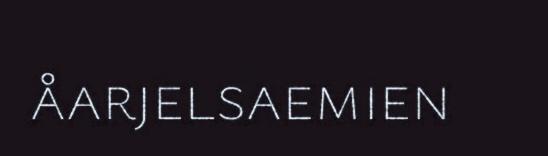
åarjelsaemien